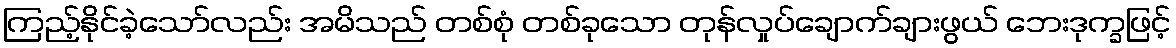
ကြည့်နိုင်ခဲ့သော်လည်း အမိသည် တစ်စုံ တစ်ခုသော တုန်လှုပ်ချောက်ချားဖွယ် ဘေးဒုက္ခဖြင့်